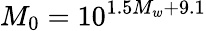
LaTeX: M_{0}=10^{1.5M_{w}+9.1}